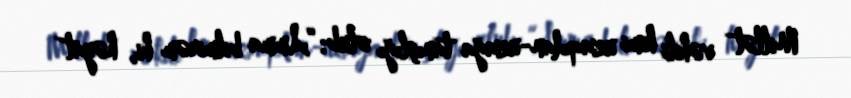
Millət vəkili kimi uzaqdan-uzağa tanışlığı olub: “Amma bilmirəm ki, həyat